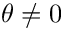
\theta \neq 0